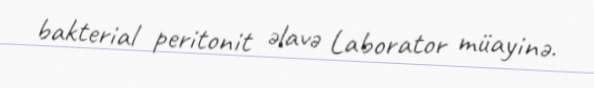
bakterial peritonit əlavə Laborator müayinə.